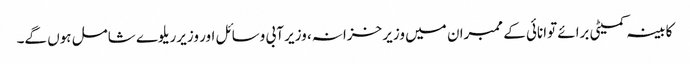
کابینہ کمیٹی برائے توانائی کے ممبران میں وزیر خزانہ، وزیر آبی وسائل اور وزیرریلوے شامل ہوں گے۔